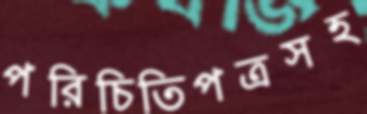
পরিচিতিপত্রসহ